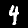
Digit: 4